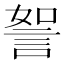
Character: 𧧏